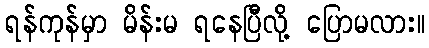
ရန်ကုန်မှာ မိန်းမ ရနေပြီလို့ ပြောမလား။